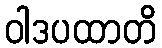
ဝါဒပထာတိ